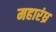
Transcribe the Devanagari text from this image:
महारंध्र